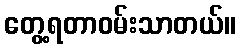
တွေ့ရတာဝမ်းသာတယ်။